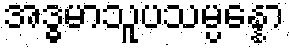
အဒ္ဓမာသူပသမ္ပန္နော